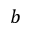
b